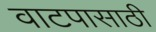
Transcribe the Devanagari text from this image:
वाटपासाठी